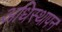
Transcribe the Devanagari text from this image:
अधिस्थापन